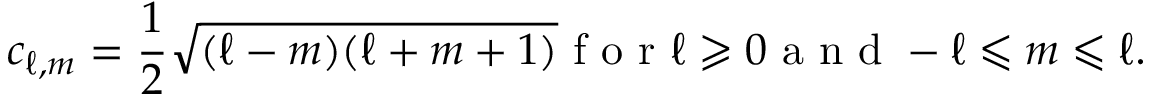
c _ { \ell , m } = \frac { 1 } { 2 } \sqrt { ( \ell - m ) ( \ell + m + 1 ) } \mathrm { ~ f ~ o ~ r ~ } \ell \geqslant 0 \mathrm { ~ a ~ n ~ d ~ } - \ell \leqslant m \leqslant \ell .